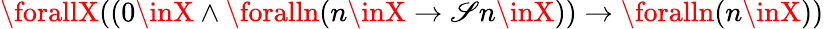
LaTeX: \forallX((0\inX\land\foralln(n\inX\rightarrow\mathscr{S}n\inX))\rightarrow\foralln(n\inX))